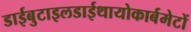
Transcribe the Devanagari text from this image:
डाईबुटाइलडाईथायोकार्बमेटों